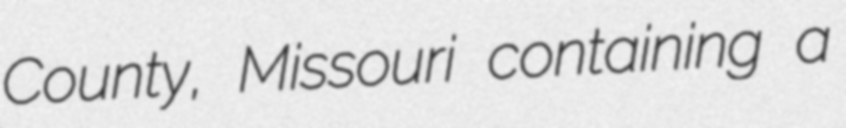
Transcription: County, Missouri containing a